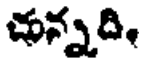
చున్నది,